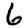
Digit: 6